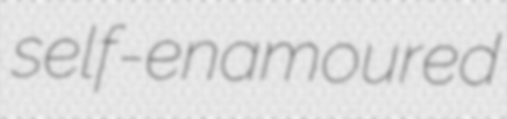
self-enamoured